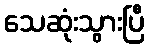
သေဆုံးသွားပြီ